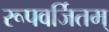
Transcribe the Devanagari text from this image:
रूपवर्जितम्